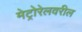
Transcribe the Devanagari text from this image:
मेट्रोरेलवरील